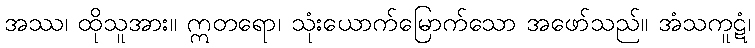
အဿ၊ ထိုသူအား။ ဣတရော၊ သုံးယောက်မြောက်သော အဖော်သည်။ အံသကူဋံ၊